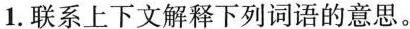
1.联系上下文解释下列词语的意思。